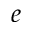
e